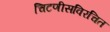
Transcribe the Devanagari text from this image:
चिटणीसविरचित